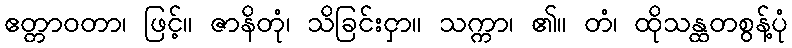
ဧတ္တာဝတာ၊ ဖြင့်။ ဇာနိတုံ၊ သိခြင်းငှာ။ သက္ကာ၊ ၏။ တံ၊ ထိုသန္ထတစွန့်ပုံ